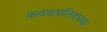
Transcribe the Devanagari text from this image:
कवकप्रतिबंधक